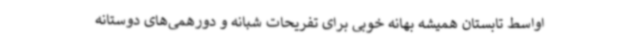
اواسط تابستان همیشه بهانه خوبی برای تفریحات شبانه و دورهمی‌های دوستانه